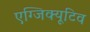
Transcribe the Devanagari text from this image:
एग्जिक्यूटिव